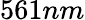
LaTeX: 561nm